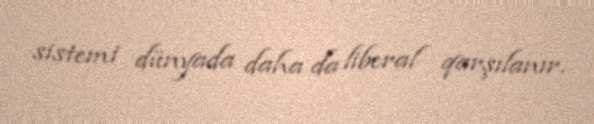
sistemi dünyada daha da liberal qarşılanır.